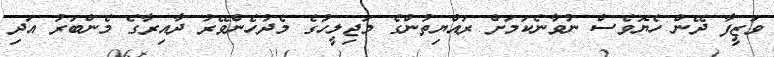
ވަޒީފާ ދޭން ހެޔޮވެސް ނުވާނެކަމަށް ރައްޔިތުންގެ މަޖިލީހުގެ މެދުހެންވޭރު ދާއިރާގެ މެންބަރު އަދި